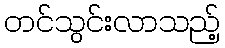
တင်သွင်းလာသည့်